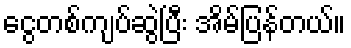
ငွေတစ်ကျပ်ဆွဲပြီး အိမ်ပြန်တယ်။